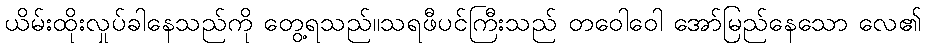
ယိမ်းထိုးလှုပ်ခါနေသည်ကို တွေ့ရသည်။သရဖီပင်ကြီးသည် တဝေါဝေါ အော်မြည်နေသော လေ၏